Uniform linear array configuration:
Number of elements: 24
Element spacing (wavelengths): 1
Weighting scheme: blackman
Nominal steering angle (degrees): -60
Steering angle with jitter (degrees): -59.628
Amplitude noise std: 0.05
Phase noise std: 0.05

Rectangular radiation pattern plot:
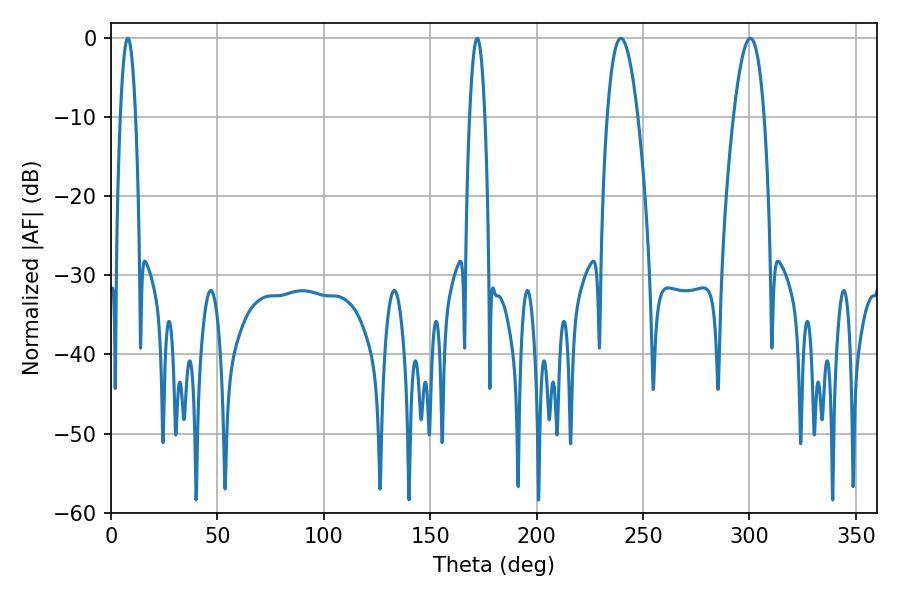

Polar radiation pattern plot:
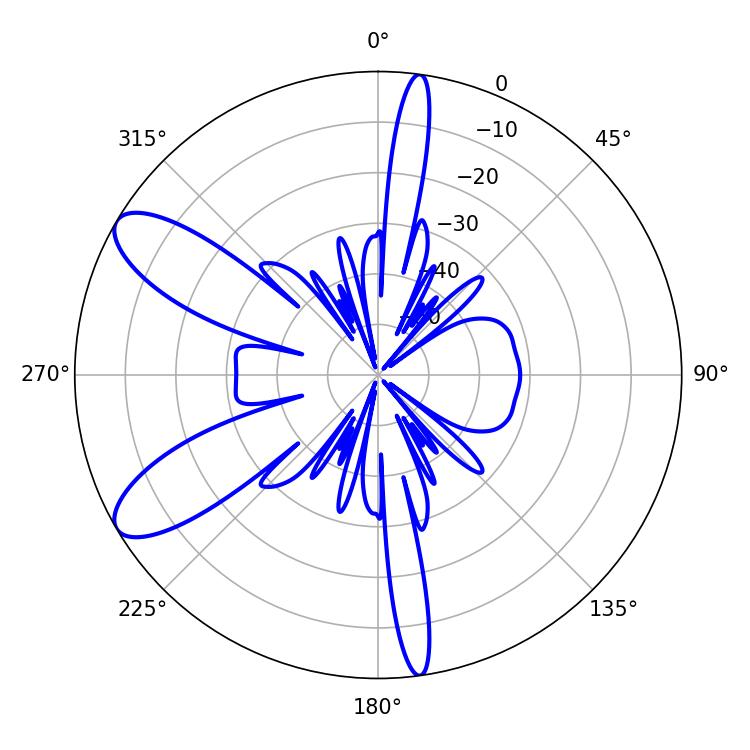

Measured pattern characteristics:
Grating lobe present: TRUE
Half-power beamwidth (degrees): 7.92
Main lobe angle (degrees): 239.58